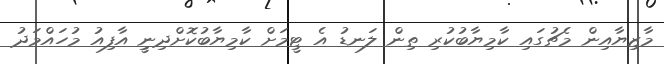
މާޒިޔާއިން މެޗުގައި ކާމިޔާބުކުރި ތިން ލަނޑު އެ ޓީމަށް ކާމިޔާބުކޮށްދިނިީ އާފިއު މުހައްމަދު